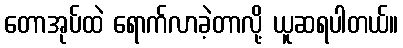
တောအုပ်ထဲ ရောက်လာခဲ့တာလို့ ယူဆရပါတယ်။